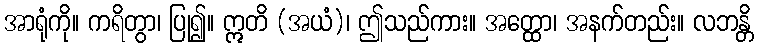
အာရုံကို။ ကရိတွာ၊ ပြု၍။ ဣတိ (အယံ)၊ ဤသည်ကား။ အတ္ထော၊ အနက်တည်း။ လဘန္တိ